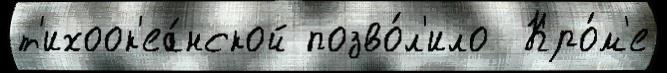
т'ихоок'еа́нской позво́л'ило  Кро́м'е